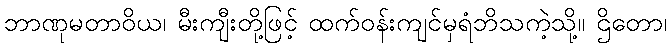
ဘာဏုမတာဝိယ၊ မီးကျီးတို့ဖြင့် ထက်ဝန်းကျင်မှရံဘိသကဲ့သို့။ ဌိတော၊